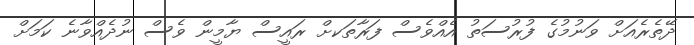
ދޭތެރެއަށް ވަނުމުގެ ފުރުސަތު އެއްވެސް ފަރާތަކށް ރައީސް ޔާމީން ވެސް ނުދެއްވާނެ ކަމަށް